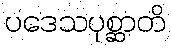
ပဒေသပုစ္ဆာတိ